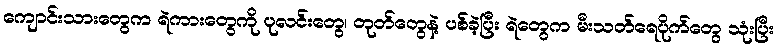
ကျောင်းသားတွေက ရဲကားတွေကို ပုလင်းတွေ၊ တုတ်တွေနဲ့ ပစ်ခဲ့ပြီး ရဲတွေက မီးသတ်ရေပိုက်တွေ သုံးပြီး